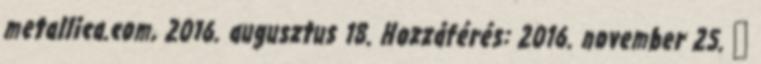
metallica.com, 2016. augusztus 18. Hozzáférés: 2016. november 25. ↑